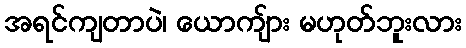
အရင်ကျတာပဲ၊ ယောကျ်ား မဟုတ်ဘူးလား